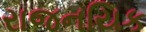
રાજનયિક